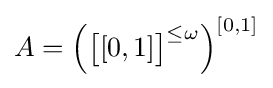
A=\left({\big [}[0,1]{\big ]}^{\leq \omega }\right)^{[0,1]}